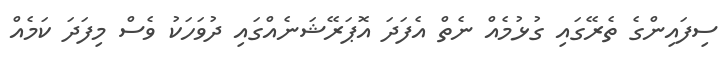
ސިފައިންގެ ތެރޭގައި ގުޅުމެއް ނެތް އެފަދަ އޮޕަރޭޝަނެއްގައި ދުވަހަކު ވެސް މިފަދަ ކަމެއް